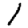
Digit: 1